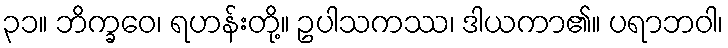
၃၁။ ဘိက္ခဝေ၊ ရဟန်းတို့။ ဥပါသကဿ၊ ဒါယကာ၏။ ပရာဘဝါ၊